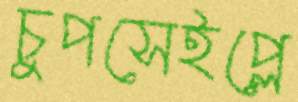
চুপসেইপ্লে